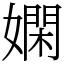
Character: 嫻